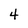
Character: 4